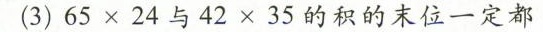
(3)$$6 5 \times 2 4$$与$$4 2 \times 3 5$$的积的末位一定都